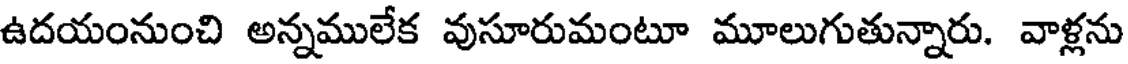
ఉదయంనుంచి అన్నములేక వుసూరుమంటూ మూలుగుతున్నారు. వాళ్లను